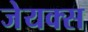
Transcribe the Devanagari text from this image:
जेयक्स